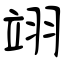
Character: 翊